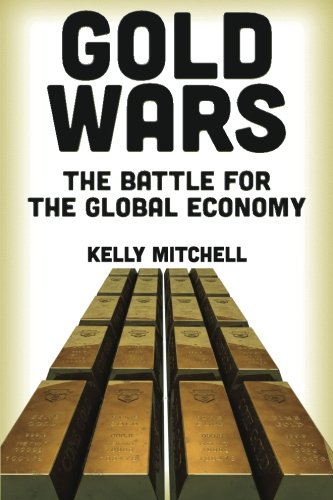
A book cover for Gold Wars: The Battle for the Global Economy; Kelly Mitchell; Business & Money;